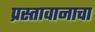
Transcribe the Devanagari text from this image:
प्रस्तावानाचा